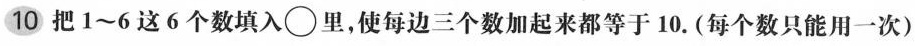
10把1~6这6个数填入\bigcirc里，使每边三个数加起来都等于10.(每个数只能用一次)